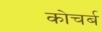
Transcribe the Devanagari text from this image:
कोचर्ब